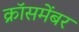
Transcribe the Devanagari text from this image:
क्रॉसमेंबर